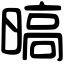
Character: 𣉞